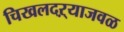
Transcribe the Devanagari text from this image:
चिखलदऱ्याजवळ